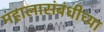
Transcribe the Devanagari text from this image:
महालासंबंधीच्या